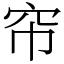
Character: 帘